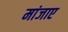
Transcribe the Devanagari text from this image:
मांजाए